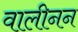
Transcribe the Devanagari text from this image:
वालीनन